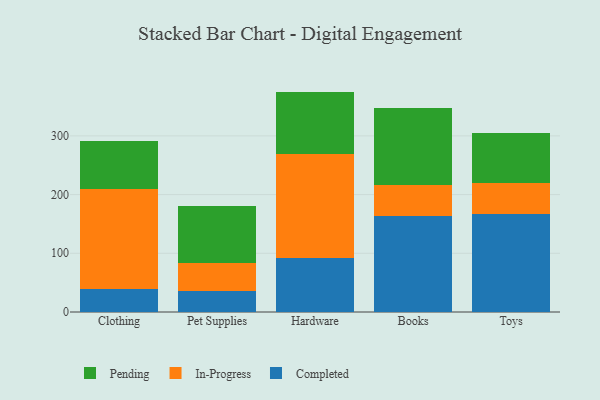
{"axis": {"x": "Category", "y": "Bounce Rate (%)"}, "legend": ["Completed", "In-Progress", "Pending"], "data": [{"x": "Clothing", "y": 38.4, "type": "Completed"}, {"x": "Clothing", "y": 171.6, "type": "In-Progress"}, {"x": "Clothing", "y": 80.9, "type": "Pending"}, {"x": "Pet Supplies", "y": 36.0, "type": "Completed"}, {"x": "Pet Supplies", "y": 47.1, "type": "In-Progress"}, {"x": "Pet Supplies", "y": 97.2, "type": "Pending"}, {"x": "Hardware", "y": 92.1, "type": "Completed"}, {"x": "Hardware", "y": 177.0, "type": "In-Progress"}, {"x": "Hardware", "y": 106.3, "type": "Pending"}, {"x": "Books", "y": 163.9, "type": "Completed"}, {"x": "Books", "y": 53.2, "type": "In-Progress"}, {"x": "Books", "y": 129.6, "type": "Pending"}, {"x": "Toys", "y": 166.8, "type": "Completed"}, {"x": "Toys", "y": 52.7, "type": "In-Progress"}, {"x": "Toys", "y": 85.6, "type": "Pending"}]}